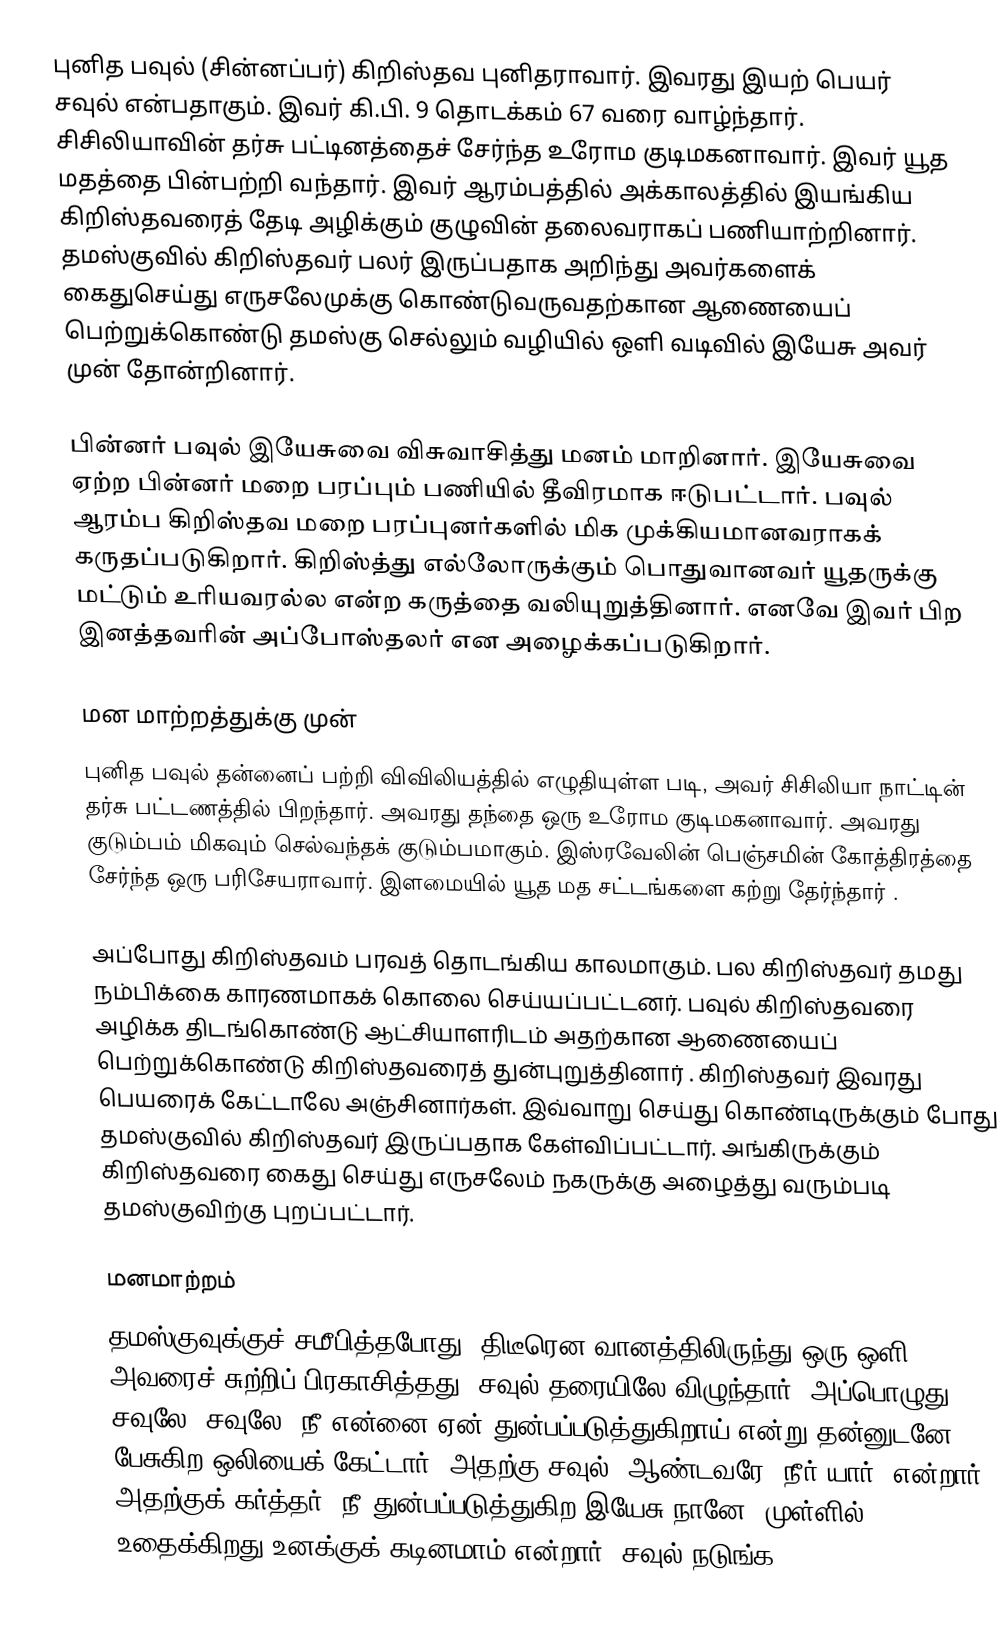
புனித பவுல் (சின்னப்பர்) கிறிஸ்தவ புனிதராவார். இவரது இயற் பெயர் சவுல் என்பதாகும். இவர் கி.பி. 9 தொடக்கம் 67 வரை வாழ்ந்தார். சிசிலியாவின் தர்சு பட்டினத்தைச் சேர்ந்த உரோம குடிமகனாவார். இவர் யூத மதத்தை பின்பற்றி வந்தார். இவர் ஆரம்பத்தில் அக்காலத்தில் இயங்கிய கிறிஸ்தவரைத் தேடி அழிக்கும் குழுவின் தலைவராகப் பணியாற்றினார். தமஸ்குவில் கிறிஸ்தவர் பலர் இருப்பதாக அறிந்து அவர்களைக் கைதுசெய்து எருசலேமுக்கு கொண்டுவருவதற்கான ஆணையைப் பெற்றுக்கொண்டு தமஸ்கு செல்லும் வழியில் ஒளி வடிவில் இயேசு அவர் முன் தோன்றினார்.

பின்னர் பவுல் இயேசுவை விசுவாசித்து மனம் மாறினார். இயேசுவை ஏற்ற பின்னர் மறை பரப்பும் பணியில் தீவிரமாக ஈடுபட்டார். பவுல் ஆரம்ப கிறிஸ்தவ மறை பரப்புனர்களில் மிக முக்கியமானவராகக் கருதப்படுகிறார். கிறிஸ்த்து எல்லோருக்கும் பொதுவானவர் யூதருக்கு மட்டும் உரியவரல்ல என்ற கருத்தை வலியுறுத்தினார். எனவே இவர் பிற இனத்தவரின் அப்போஸ்தலர் என அழைக்கப்படுகிறார்.

மன மாற்றத்துக்கு முன்
புனித பவுல் தன்னைப் பற்றி விவிலியத்தில் எழுதியுள்ள படி, அவர் சிசிலியா நாட்டின் தர்சு பட்டணத்தில் பிறந்தார். அவரது தந்தை ஒரு உரோம குடிமகனாவார். அவரது குடும்பம் மிகவும் செல்வந்தக் குடும்பமாகும். இஸ்ரவேலின் பெஞ்சமின் கோத்திரத்தை சேர்ந்த ஒரு பரிசேயராவார். இளமையில் யூத மத சட்டங்களை கற்று தேர்ந்தார் .

அப்போது கிறிஸ்தவம் பரவத் தொடங்கிய காலமாகும். பல கிறிஸ்தவர் தமது நம்பிக்கை காரணமாகக் கொலை செய்யப்பட்டனர். பவுல் கிறிஸ்தவரை அழிக்க திடங்கொண்டு ஆட்சியாளரிடம் அதற்கான ஆணையைப் பெற்றுக்கொண்டு கிறிஸ்தவரைத் துன்புறுத்தினார் . கிறிஸ்தவர் இவரது பெயரைக் கேட்டாலே அஞ்சினார்கள். இவ்வாறு செய்து கொண்டிருக்கும் போது தமஸ்குவில் கிறிஸ்தவர் இருப்பதாக கேள்விப்பட்டார். அங்கிருக்கும் கிறிஸ்தவரை கைது செய்து எருசலேம் நகருக்கு அழைத்து வரும்படி தமஸ்குவிற்கு புறப்பட்டார்.

மனமாற்றம்
தமஸ்குவுக்குச் சமீபித்தபோது, திடீரென வானத்திலிருந்து ஒரு ஒளி அவரைச் சுற்றிப் பிரகாசித்தது. சவுல் தரையிலே விழுந்தார். அப்பொழுது: சவுலே, சவுலே, நீ என்னை ஏன் துன்பப்படுத்துகிறாய் என்று தன்னுடனே பேசுகிற ஒலியைக் கேட்டார். அதற்கு சவுல்: ஆண்டவரே, நீர் யார், என்றார். அதற்குக் கர்த்தர்: நீ துன்பப்படுத்துகிற இயேசு நானே. முள்ளில் உதைக்கிறது உனக்குக் கடினமாம் என்றார். சவுல் நடுங்க